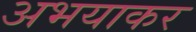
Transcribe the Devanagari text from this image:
अभयाकर